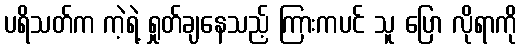
ပရိသတ်က ကဲ့ရဲ့ ရှုတ်ချနေသည့် ကြားကပင် သူ ပြော လိုရာကို